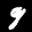
Label: 9